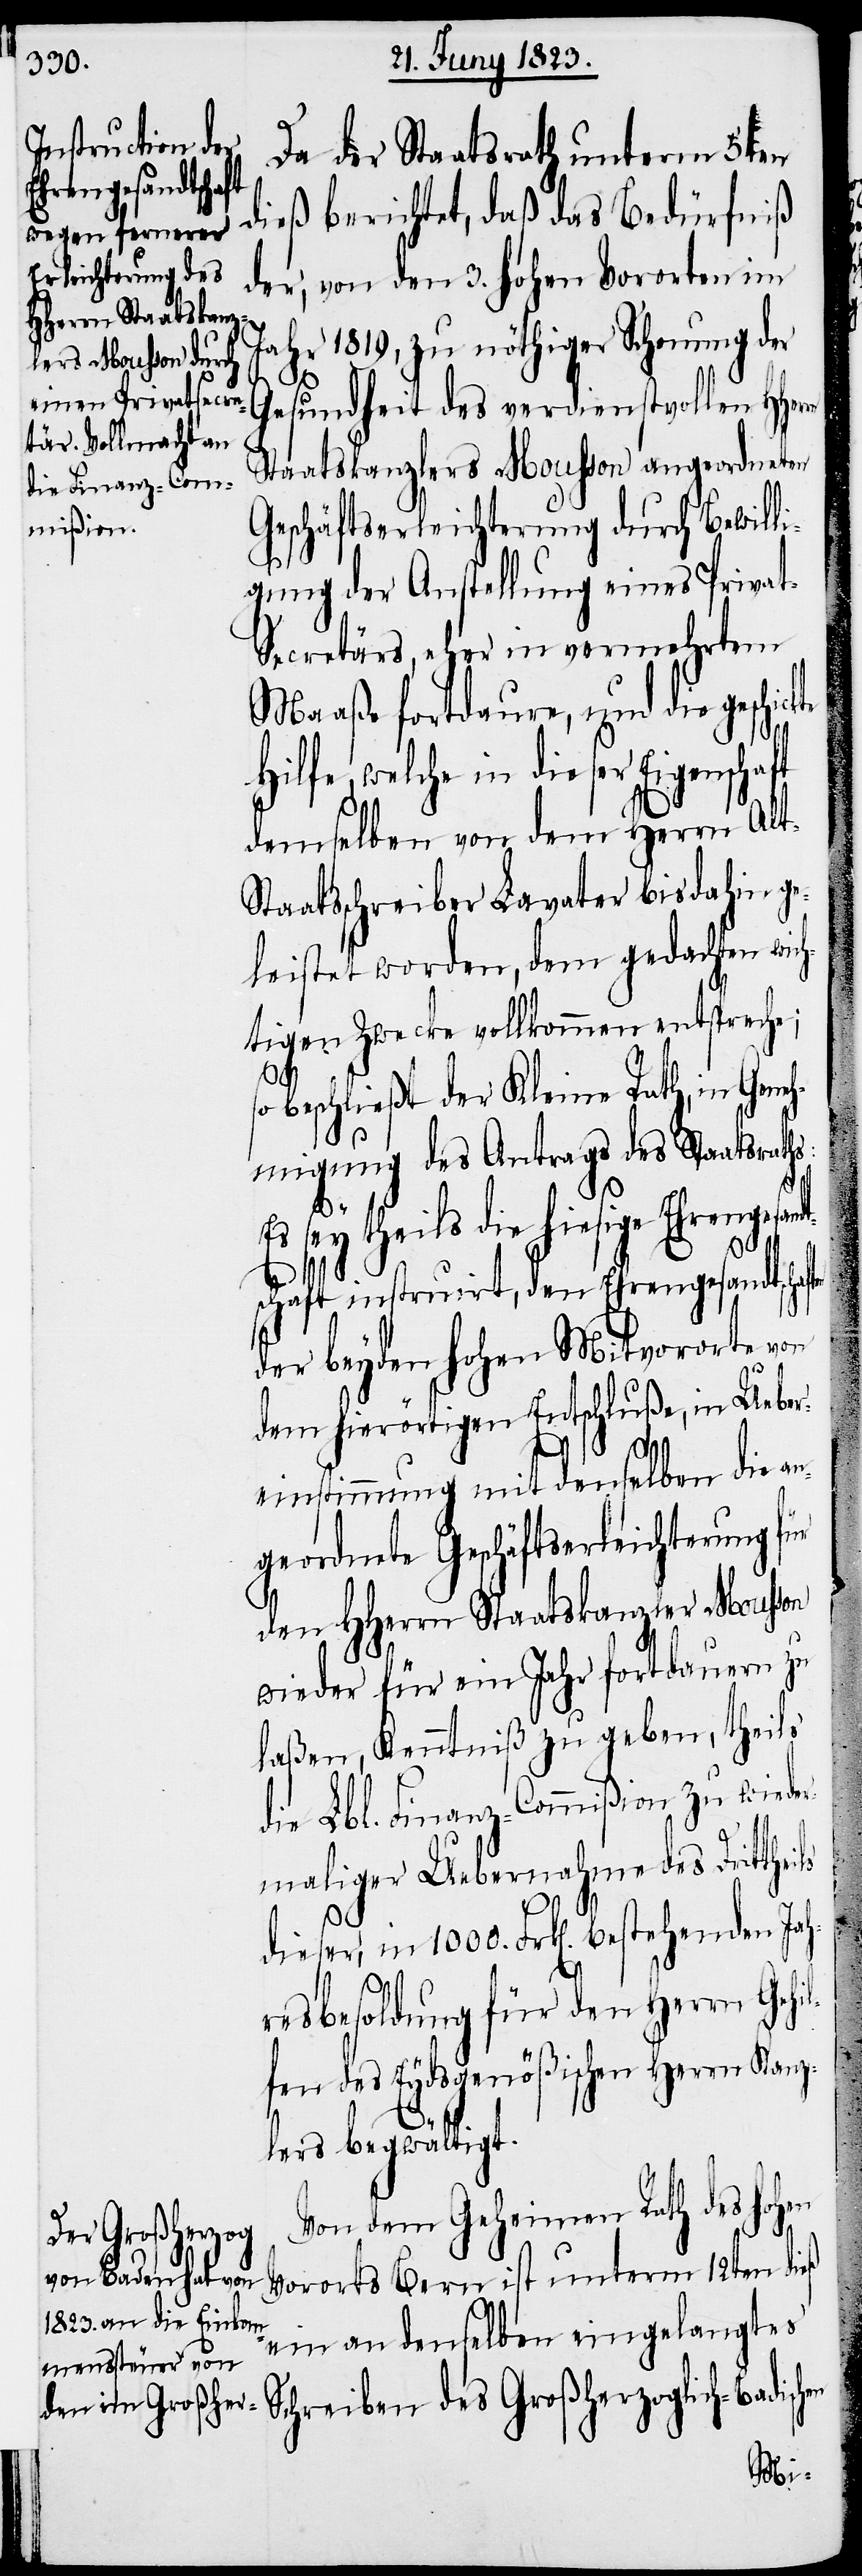
Da der Staatsrath unterm 5ten
dieß berichtet, daß das Bedürfniß
der, von den 3. hohen Vororten im
Jahr 1819, zu nöthiger Schonung der
Gesundheit des verdienstvollen HHer¬
Staatskanzlers Mousson angeordneten
Geschäftserleichterung durch Bewilli¬
gung der Anstellung eines Priva¬
t-Secretärs, eher in vermehrtem
Maaße fortdaure, und die geschi¬
Hilfe, welche in dieser Eigenschaft
demselben von dem Herrn Alt-S¬
taatsschreiber Lavater bisdahin ge¬
leistet worden, dem gedachten wich¬
tigen Zwecke vollkommen entspreche;
so
beschließt der Kleine Rath, in Gene¬
hmigung des Antrags des Staatsraths:
Es sey theils die hiesige Ehrengesandt¬
schaft instruirt, den Ehrengesandtschaf¬
der beyden hohen Mitvororte von
dem hierörtigen Entschluße, in Ueber¬
einstimmung mit denselben die an¬
geordnete Geschäftserleichterung für
den HHerrn Staatskanzler Mousson
wieder für ein Jahr fortdauern zu
laßen, Kenntniß zu geben, theils
die Lbl. Finanz-Commißion zu wiede¬
rmaliger Uebernahme des Dritthei¬
des
dieser, in 1000. Frk[en]. bestehenden Jah¬
resbesoldung für den Herrn Gehi¬
lfen des Eydsgenößischen Herrn Kanz¬
lers begwältigt.
Von dem Geheimen Rath des hohen
Vororts Bern ist unterm 12ten dieß
ein an denselben eingelangtes